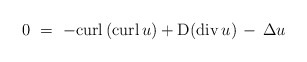
\begin{align*}0\ =\ - {\rm curl} \left( {\rm curl}\,u \right) +{\rm D}({\rm div} \,u) \,-\, \Delta u\end{align*}